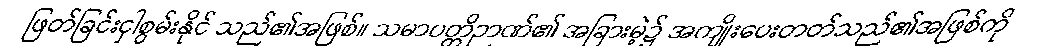
ဖြတ်ခြင်းငှါစွမ်းနိုင် သည်၏အဖြစ်။ သမာပတ္တိဉာဏ်၏ အခြားမဲ့၌ အကျိုးပေးတတ်သည်၏အဖြစ်ကို